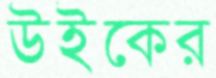
উইকের